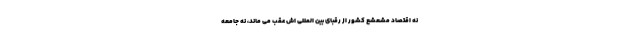
نه اقتصاد مشعشع کشور از رقبای بین المللی اش عقب می ماند، نه جامعه